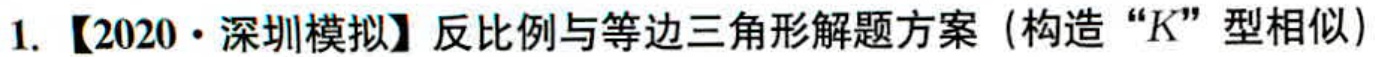
1. 【2020·深圳模拟】反比例与等边三角形解题方案（构造“\(K\)”型相似）